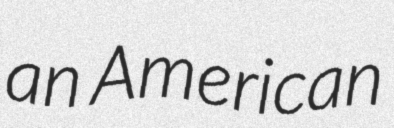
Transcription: an American